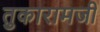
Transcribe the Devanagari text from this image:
तुकारामजी